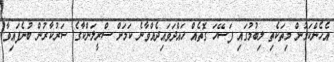
އެހެންކަމުން މިތަކެތި ލިބުމުގައި ފަސޭހަ ގޮތެއް ހައްދަވައިދެއްވާނެ ކަމަށް ސްރީލަންކާގެ ސަރުކާރުން ބުނެފައިވާ